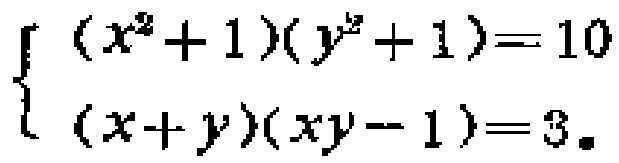
\[\begin{cases}(x^{2}+1)(y^{2}+1)=10\\(x + y)(xy - 1)=3\end{cases}\]